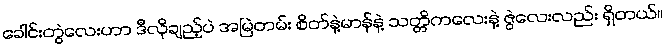
ခေါင်းတွဲလေးဟာ ဒီလိုချည့်ပဲ အမြဲတမ်း စိတ်နဲ့မာန်နဲ့ သတ္တိကလေးနဲ့ ဇွဲလေးလည်း ရှိတယ်။